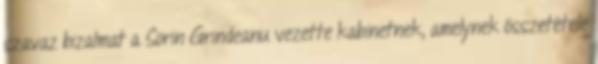
szavaz bizalmat a Sorin Grindeanu vezette kabinetnek, amelynek összetétele